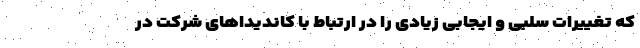
که تغییرات سلبی و ایجابی زیادی را در ارتباط با کاندیداهای شرکت در